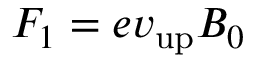
F _ { 1 } = e v _ { \mathrm { { u p } } } B _ { 0 }